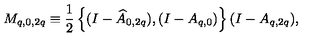
M _ { q , 0 , 2 q } \equiv \frac { 1 } { 2 } \left\{ ( I - \widehat { A } _ { 0 , 2 q } ) , ( I - A _ { q , 0 } ) \right\} ( I - A _ { q , 2 q } ) ,